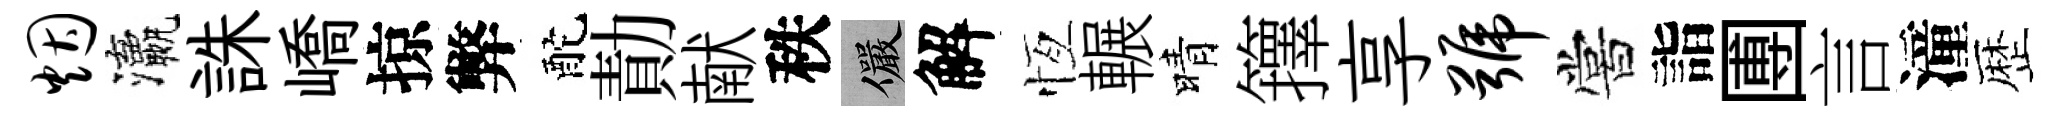
烟瀛誅嶠掠弊酡勣献秩儼解恆輾晴籜享号嘗詣圑言潼歴